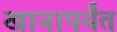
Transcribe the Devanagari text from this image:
खानापर्यंत